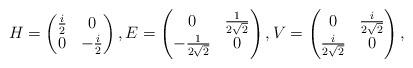
LaTeX: \begin{align*}H= \begin{pmatrix} \frac{i}{2}&0\\ 0&-\frac{i}{2}\end{pmatrix},E = \begin{pmatrix} 0&\frac 1{2\sqrt{2}}\\-\frac1{2\sqrt{2}}&0\end{pmatrix},V= \begin{pmatrix} 0&\frac i{2\sqrt{2}}\\\frac i{2\sqrt{2}}&0\end{pmatrix},\end{align*}